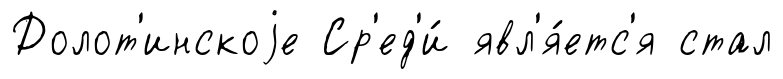
Долот'инскоjе Ср'ед'и́ явл'я́етс'я стал